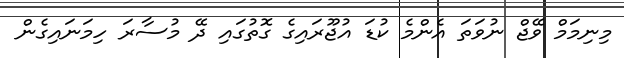
މިނިމަމް ވޭޖް ނުވަތަ އެންމެ ކުޑަ އުޖޫރައިގެ ގޮތުގައި ދޭ މުސާރަ ހިމަނައިގެން